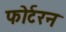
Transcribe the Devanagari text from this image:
फोर्टरन